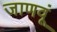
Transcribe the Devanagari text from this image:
जाणवूं